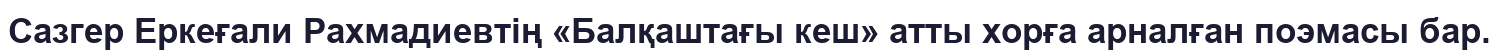
Сазгер Еркеғали Рахмадиевтің «Балқаштағы кеш» атты хорға арналған поэмасы бар.